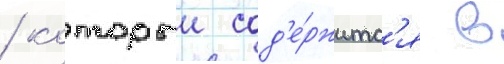
/ которыи сод'е́ржитс'я в